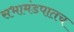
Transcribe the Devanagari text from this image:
सभामंडपातच